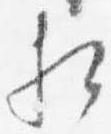
相